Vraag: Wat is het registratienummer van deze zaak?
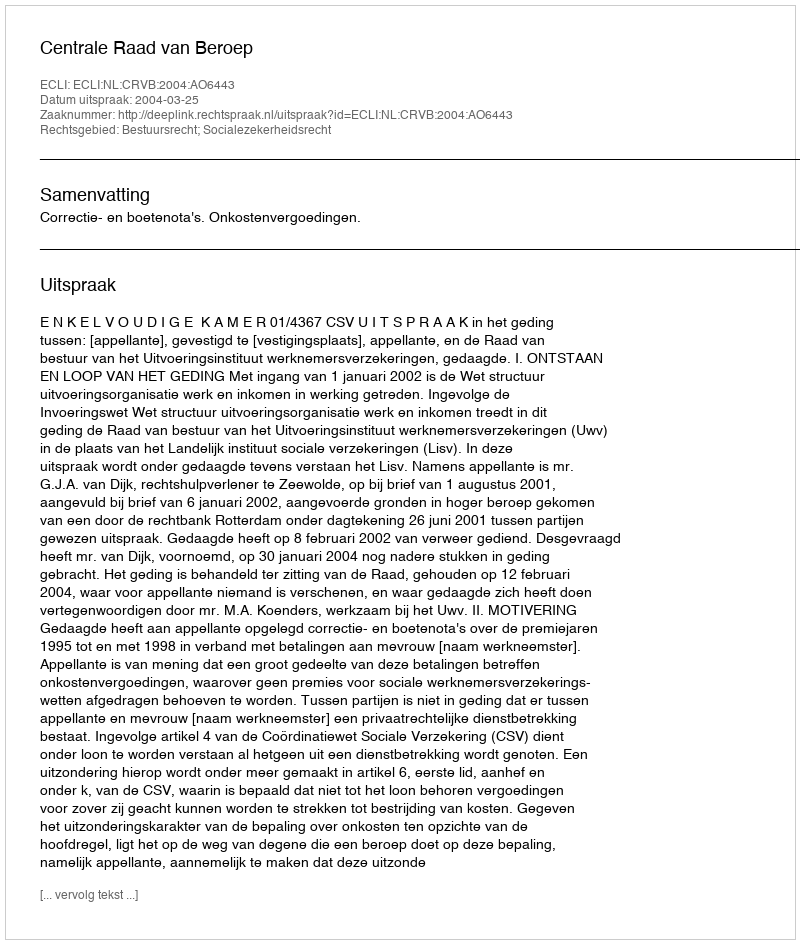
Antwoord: http://deeplink.rechtspraak.nl/uitspraak?id=ECLI:NL:CRVB:2004:AO6443